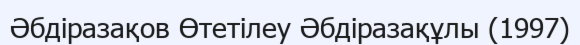
Әбдіразақов Өтетілеу Әбдіразақұлы (1997)